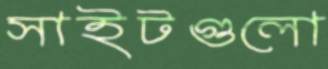
সাইটগুলো